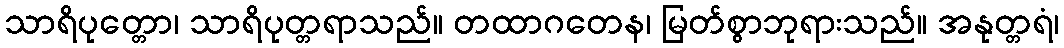
သာရိပုတ္တော၊ သာရိပုတ္တရာသည်။ တထာဂတေန၊ မြတ်စွာဘုရားသည်။ အနုတ္တရံ၊